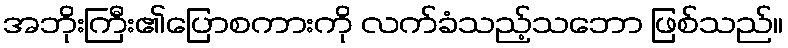
အဘိုးကြီး၏ပြောစကားကို လက်ခံသည့်သဘော ဖြစ်သည်။